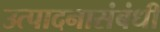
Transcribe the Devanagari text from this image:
उत्पादनासंबंधी